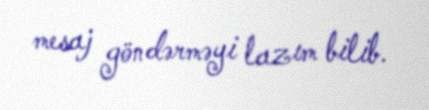
mesaj göndərməyi lazım bilib.